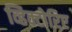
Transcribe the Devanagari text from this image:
व्हिक्टोरिए